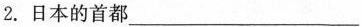
2.日本的首都___